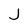
Character: J